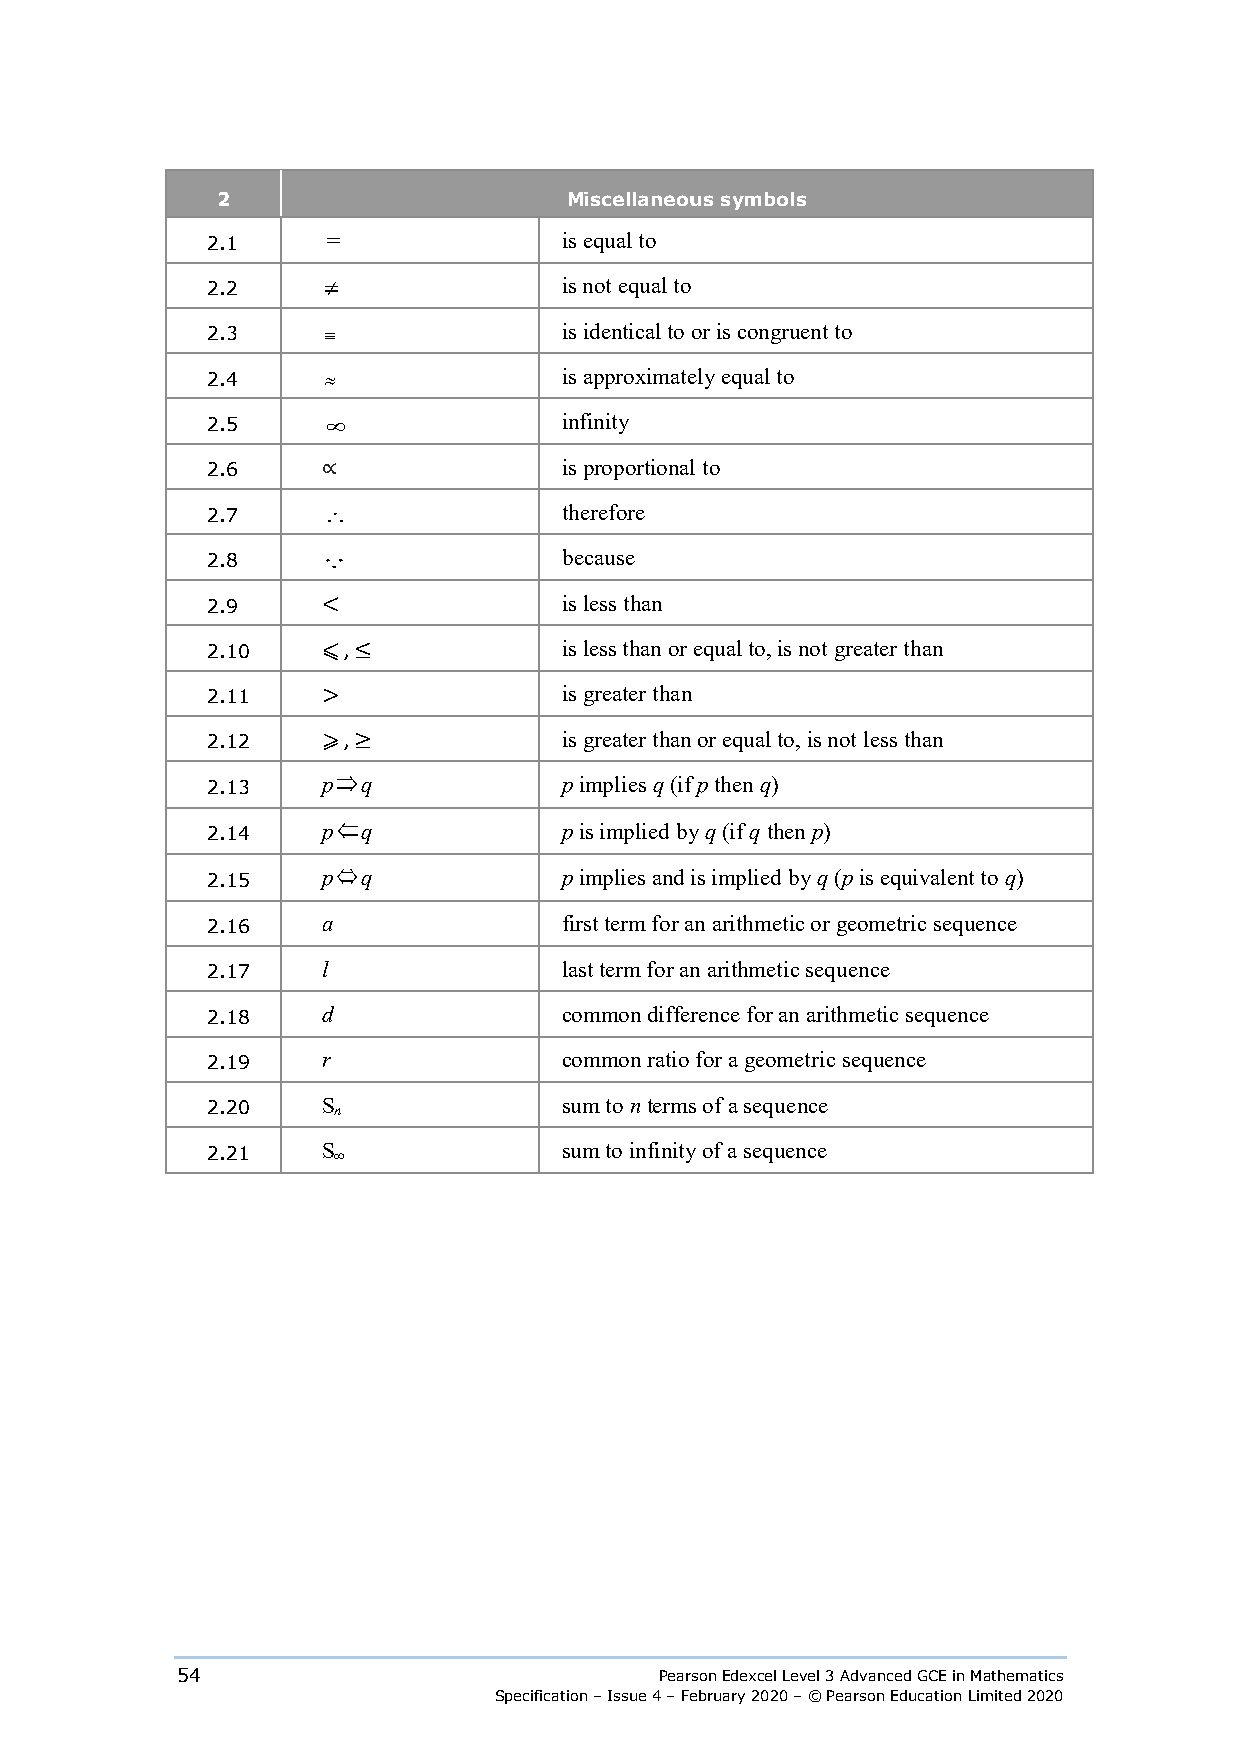
2                      Miscellaneous symbols
 2.1     =              is equal to
 2.2    ≠               is not equal to
 2.3    ≡               is identical to or is congruent to
 2.4    ≈               is approximately equal to
 2.5     ∞              infinity
 2.6                    is proportional to
 2.7    ∴∝              therefore
 2.8                   because
 2.9                    is less than
 2.10   <               is less than or equal to, is not greater than
 2.11   ⩽ , ≤           is greater than
 2.12   >               is greater than or equal to, is not less than
 ⇒
 2.13   ⩾p , ≥q         p implies q (if p then q)
 ⇐
 2.14   p  q            p is implied by q (if q then p)
 ⇔
 2.15   p  q            p implies and is implied by q (p is equivalent to q)
 2.16   a               first term for an arithmetic or geometric sequence
 2.17   l               last term for an arithmetic sequence
 2.18   d               common difference for an arithmetic sequence
 2.19   r               common ratio for a geometric sequence
 2.20   S n             sum to n terms of a sequence
 2.21   S ∞             sum to infinity of a sequence
 54                              Pearson Edexcel Level 3 Advanced GCE in Mathematics
 Specification – Issue 4 – February 2020 – © Pearson Education Limited 2020